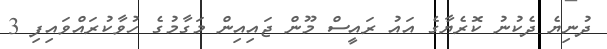
ދުނިޔެ ދެކުނު ކޮރެޔާގެ އައު ރައީސް މޫން ޖައިއިން މަގާމުގެ ހުވާކުރައްވައިފި 3